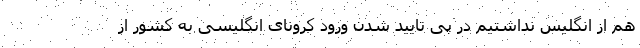
هم از انگلیس نداشتیم در پی تایید شدن ورود کرونای انگلیسی به کشور از